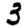
Digit: 3